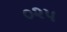
૦૨૫